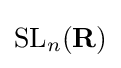
\mathrm {SL} _{n}(\mathbf {R} )